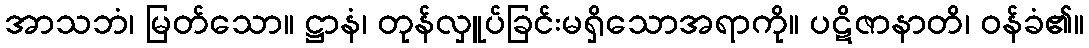
အာသဘံ၊ မြတ်သော။ ဋ္ဌာနံ၊ တုန်လှူပ်ခြင်းမရှိသောအရာကို။ ပဋိဇာနာတိ၊ ဝန်ခံ၏။